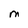
Character: M